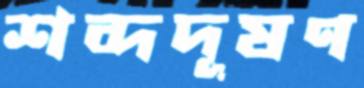
শব্দদূষণ